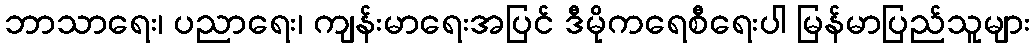
ဘာသာရေး၊ ပညာရေး၊ ကျန်းမာရေးအပြင် ဒီမိုကရေစီရေးပါ မြန်မာပြည်သူများ